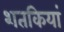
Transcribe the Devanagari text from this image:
शतकियां